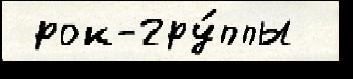
 рок-гру́ппы